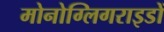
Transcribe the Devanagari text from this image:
मोनोग्लिगराइडों